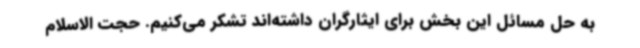
به حل مسائل این بخش برای ایثارگران داشته‌اند تشکر می‌کنیم. حجت الاسلام